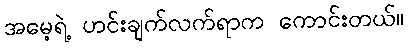
အမေ့ရဲ့ ဟင်းချက်လက်ရာက ကောင်းတယ်။